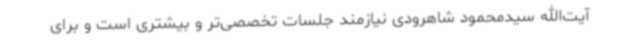
آیت‌الله سیدمحمود شاهرودی نیازمند جلسات تخصصی‌تر و بیشتری است و برای